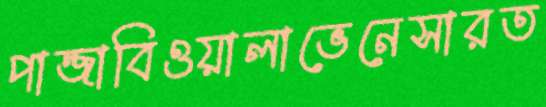
পান্জাবিওয়ালাভেনেসারত